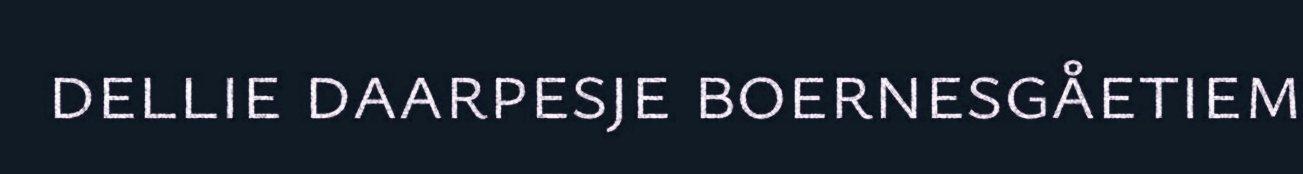
dellie daarpesje boernesgåetiem